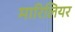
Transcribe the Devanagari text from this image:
मारिलियर